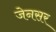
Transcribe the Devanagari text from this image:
जेनसर